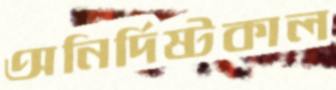
অনির্দিষ্টকাল